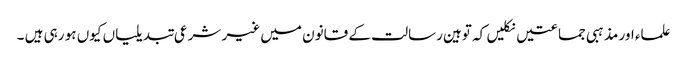
علماء اور مذہبی جماعتیں نکلیں کہ توہین رسالت کے قانون میں غیر شرعی تبدیلیاں کیوں ہو رہی ہیں ۔